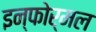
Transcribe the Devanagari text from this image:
इन्फोर्मल